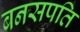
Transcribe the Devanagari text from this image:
बनसपति